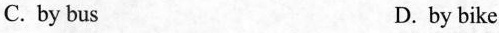
C.by bus D. by bike